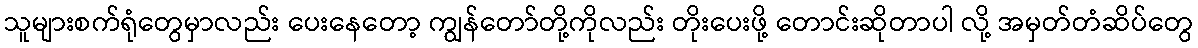
သူများစက်ရုံတွေမှာလည်း ပေးနေတော့ ကျွန်တော်တို့ကိုလည်း တိုးပေးဖို့ တောင်းဆိုတာပါ လို့ အမှတ်တံဆိပ်တွေ